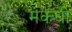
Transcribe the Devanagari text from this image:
मकघी